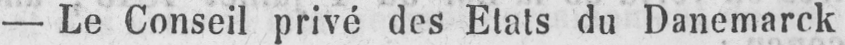
- Le Conseil privé des Etats du Danemarck